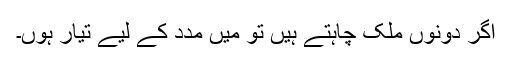
اگر دونوں ملک چاہتے ہیں تو میں مدد کے لیے تیار ہوں۔